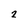
Character: 2